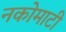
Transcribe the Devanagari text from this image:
नकोमाटी